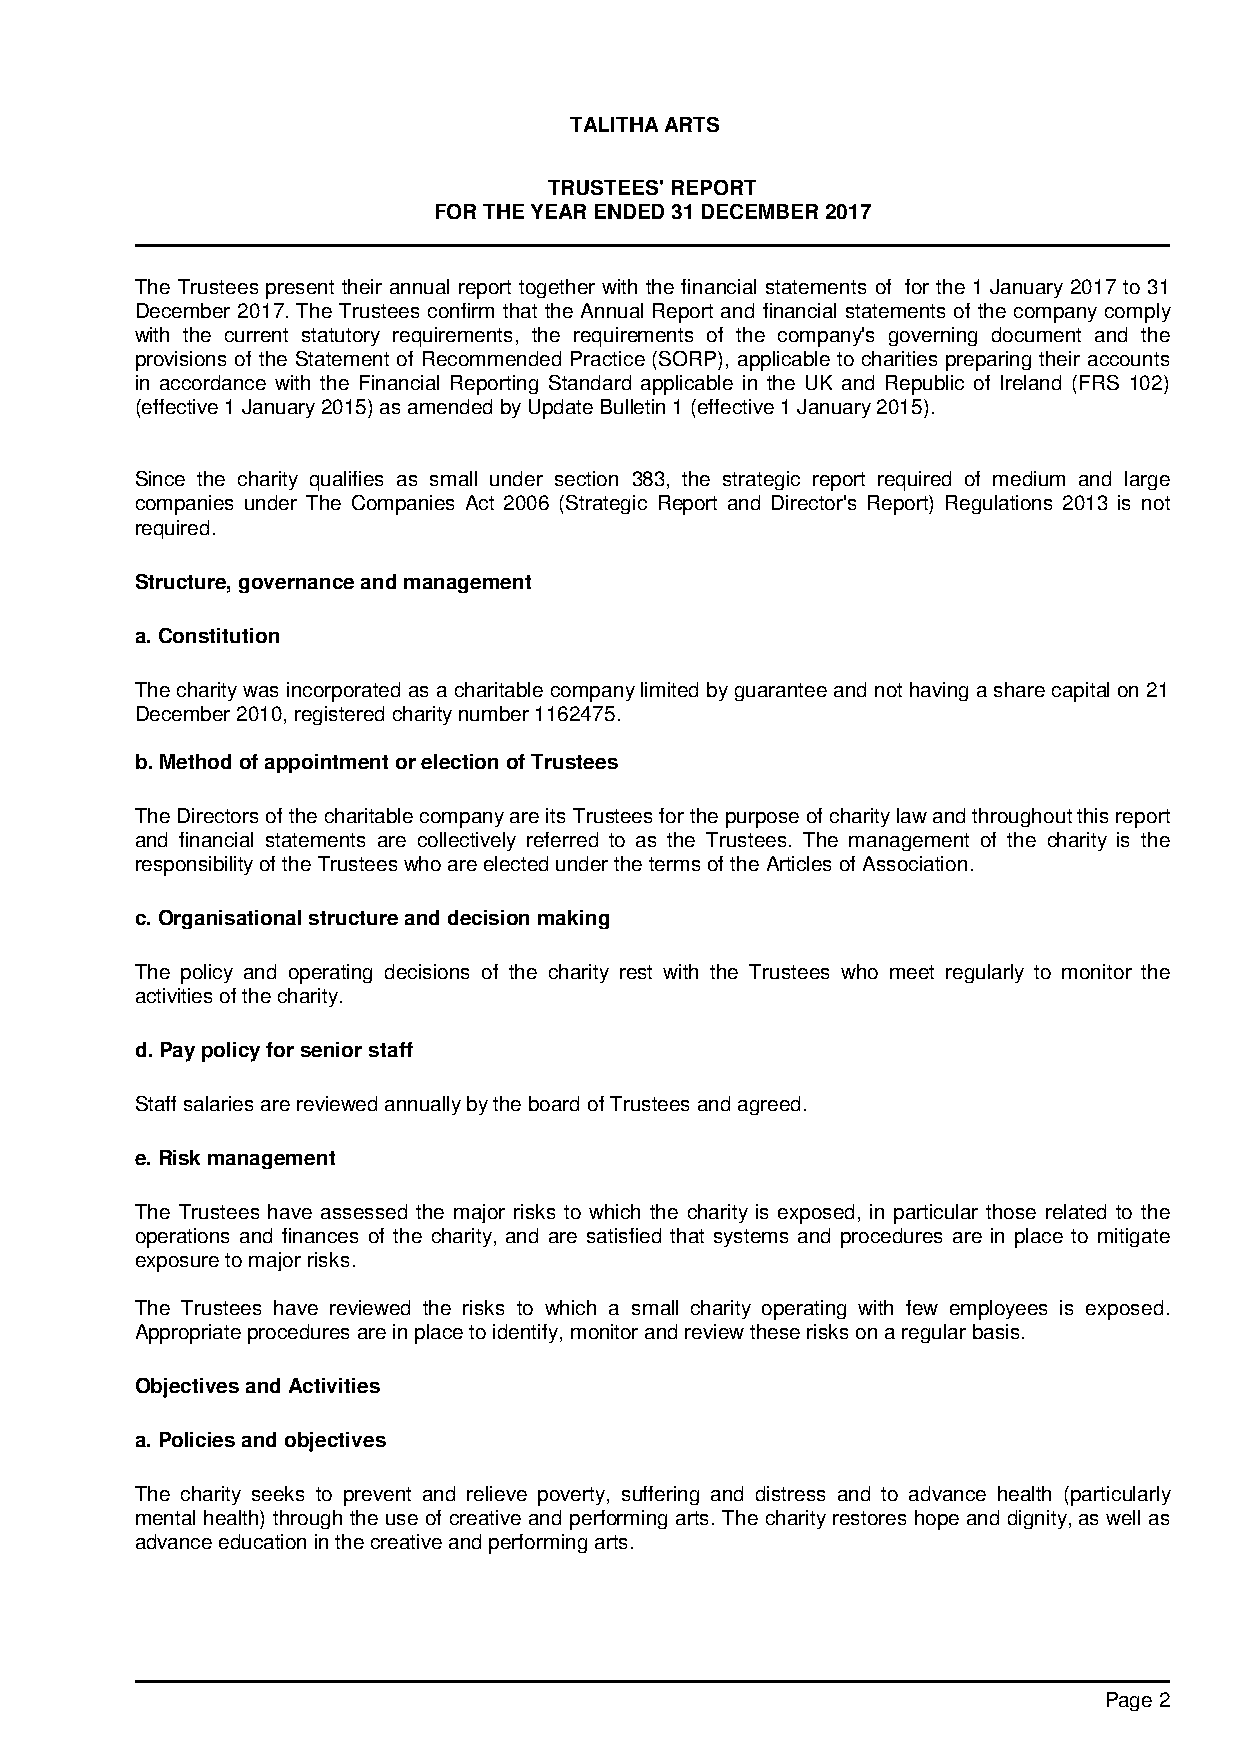
TALITHA ARTS
 TRUSTEES' REPORT
 FOR THE YEAR ENDED 31 DECEMBER 2017
 The Trustees present their annual report together with the financial statements of for the 1 January 2017 to 31
 December 2017. The Trustees confirm that the Annual Report and financial statements of the company comply
 with the current statutory requirements, the requirements of the company's governing document and the
 provisions of the Statement of Recommended Practice (SORP), applicable to charities preparing their accounts
 in accordance with the Financial Reporting Standard applicable in the UK and Republic of Ireland (FRS 102)
 (effective 1 January 2015) as amended by Update Bulletin 1 (effective 1 January 2015).
 Since the charity qualifies as small under section 383, the strategic report required of medium and large
 companies under The Companies Act 2006 (Strategic Report and Director's Report) Regulations 2013 is not
 required.
 Structure, governance and management
 a. Constitution
 The charity was incorporated as a charitable company limited by guarantee and not having a share capital on 21
 December 2010, registered charity number 1162475.
 b. Method of appointment or election of Trustees
 The Directors of the charitable company are its Trustees for the purpose of charity law and throughout this report
 and financial statements are collectively referred to as the Trustees. The management of the charity is the
 responsibility of the Trustees who are elected under the terms of the Articles of Association.
 c. Organisational structure and decision making
 The policy and operating decisions of the charity rest with the Trustees who meet regularly to monitor the
 activities of the charity.
 d. Pay policy for senior staff
 Staff salaries are reviewed annually by the board of Trustees and agreed.
 e. Risk management
 The Trustees have assessed the major risks to which the charity is exposed, in particular those related to the
 operations and finances of the charity, and are satisfied that systems and procedures are in place to mitigate
 exposure to major risks.
 The Trustees have reviewed the risks to which a small charity operating with few employees is exposed.
 Appropriate procedures are in place to identify, monitor and review these risks on a regular basis.
 Objectives and Activities
 a. Policies and objectives
 The charity seeks to prevent and relieve poverty, suffering and distress and to advance health (particularly
 mental health) through the use of creative and performing arts. The charity restores hope and dignity, as well as
 advance education in the creative and performing arts.
 Page 2